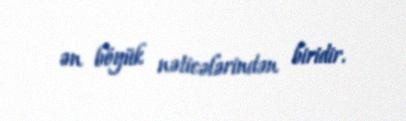
ən böyük nəticələrindən biridir.